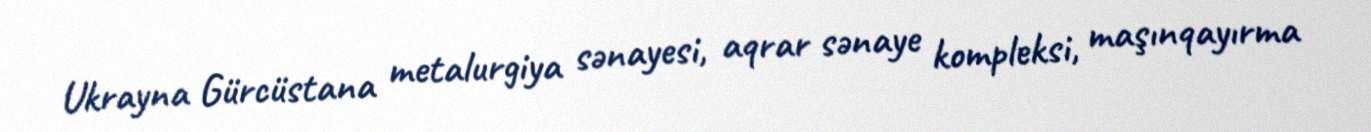
Ukrayna Gürcüstana metalurgiya sənayesi, aqrar sənaye kompleksi, maşınqayırma